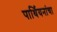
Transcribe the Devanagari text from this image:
पार्थियनांचा